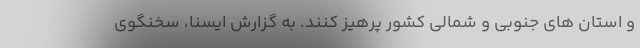
و استان های جنوبی و شمالی کشور پرهیز کنند. به گزارش ایسنا، سخنگوی